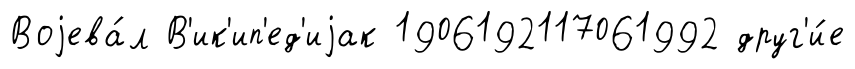
Воjева́л В'ик'ип'ед'иjак 1906192117061992 друг'и́е